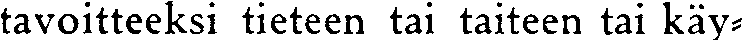
tavoitteeksi tieteen tai taiteen tai käy-